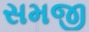
સમજી